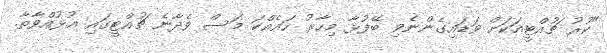
"ކުރު ޗުއްޓީއަކަށް ވަޑައިގެންނެވި ބޭފުޅާ މިހާރު ހައެއްކަ މަސް ވެދާނެ ޗުއްޓީގައި އުޅުއްވާތާ.